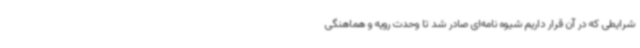
شرایطی که در آن قرار داریم شیوه نامه‌ای صادر شد تا وحدت رویه و هماهنگی